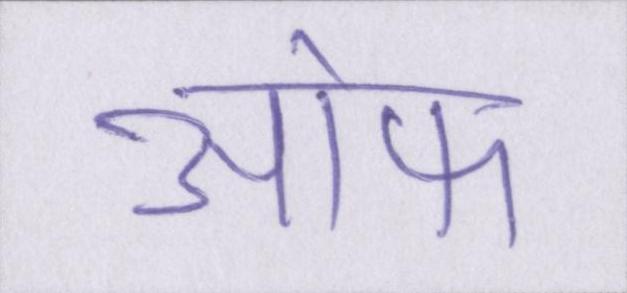
आ॓फ